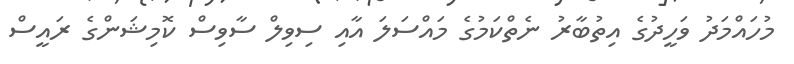
މުހައްމަދު ވަހީދުގެ އިތުބާރު ނެތްކަމުގެ މައްސަލަ އާއި ސިވިލް ސާވިސް ކޮމިޝަންގެ ރައީސް